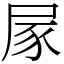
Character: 𡱰